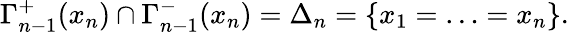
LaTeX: \Gamma_{n-1}^{+}(x_{n})\cap\Gamma_{n-1}^{-}(x_{n})=\Delta_{n}=\{ x_{1}=\ldots=x_{n}\} .